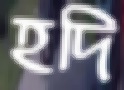
হদি